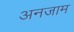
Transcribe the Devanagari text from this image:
अनजाम